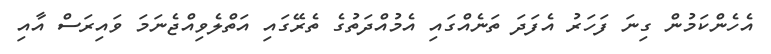
އެހެންކަމުން ގިނަ ފަހަރު އެފަދަ ތަނެއްގައި އެމުއްދަތުގެ ތެރޭގައި އަތްލެވިއްޖެނަމަ ވައިރަސް އާއި